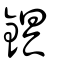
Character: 𨨣